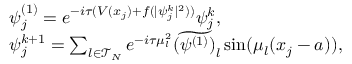
\begin{array} { r l } & { \psi _ { j } ^ { ( 1 ) } = e ^ { - i \tau ( V ( x _ { j } ) + f ( | \psi _ { j } ^ { k } | ^ { 2 } ) ) } \psi _ { j } ^ { k } , } \\ & { \psi _ { j } ^ { k + 1 } = \sum _ { l \in \mathcal { T } _ { N } } e ^ { - i \tau \mu _ { l } ^ { 2 } } \widetilde { ( \psi ^ { ( 1 ) } ) } _ { l } \sin ( \mu _ { l } ( x _ { j } - a ) ) , } \end{array}